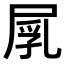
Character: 𡲐